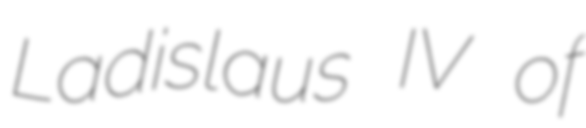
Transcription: Ladislaus IV of